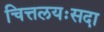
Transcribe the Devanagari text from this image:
चित्तलयःसदा